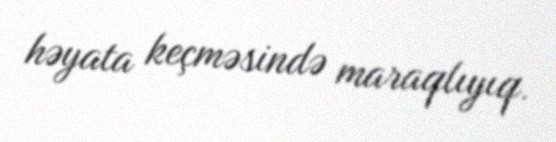
həyata keçməsində maraqlıyıq.